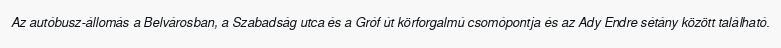
Az autóbusz-állomás a Belvárosban, a Szabadság utca és a Gróf út körforgalmú csomópontja és az Ady Endre sétány között található.